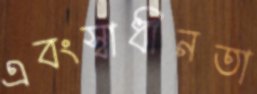
এবংস্বাধীনতা